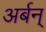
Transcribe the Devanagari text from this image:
अर्बन्